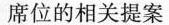
席位的相关提案